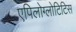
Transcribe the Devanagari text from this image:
एपिलोग्लोटिटिस